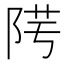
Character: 𨹯